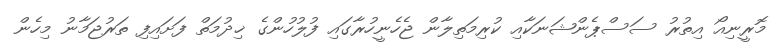
މޮރީނިއޯ އިތުރު ސަސްޕެންޝަނަކާއި ކުރިމަތިލާން ޖެހެނީހުރާގައި ފުލުހުންގެ ޚިދުމަތް ފަށައިފި ތަރުޖަމާނު މިހެން